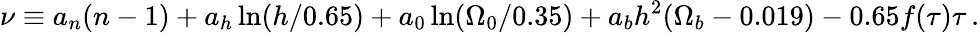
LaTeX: \nu\equiv a_{n}(n-1)+a_{h}\ln(h/0.65)+a_{0}\ln(\Omega_{0}/0.35)+a_{b}h^{2}(\Omega_{b}-0.019)-0.65f(\tau)\tau\, .